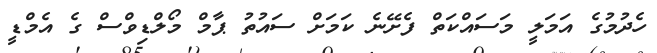
ހެދުމުގެ އަމަލީ މަސައްކަތް ފެށޭނެ ކަަމަށް ސައުތު ޕާމް މޯލްޑިވްސް ގެ އެމްޑީ